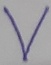
Text: V